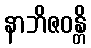
နာဘိဇဝန္တိ